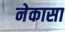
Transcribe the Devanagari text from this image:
नेकासा